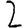
Digit: 2